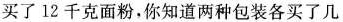
买了12千克面粉，你知道两种包装各买了几